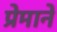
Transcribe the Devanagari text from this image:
प्रेमानें